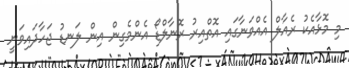
މި މޮޅާއެކު ރެއާލް އެއްވަނާގައި އޮތްއިރު ރޮނާލްޑޯ އެންމެގިން އިން ލަނޑު ޖަހާދައިވަނީ